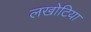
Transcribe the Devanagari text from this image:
लखोटिया